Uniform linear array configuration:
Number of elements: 48
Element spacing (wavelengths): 1
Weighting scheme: exponential
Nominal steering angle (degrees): -30
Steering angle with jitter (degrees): -29.719
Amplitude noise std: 0.05
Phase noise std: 0.05

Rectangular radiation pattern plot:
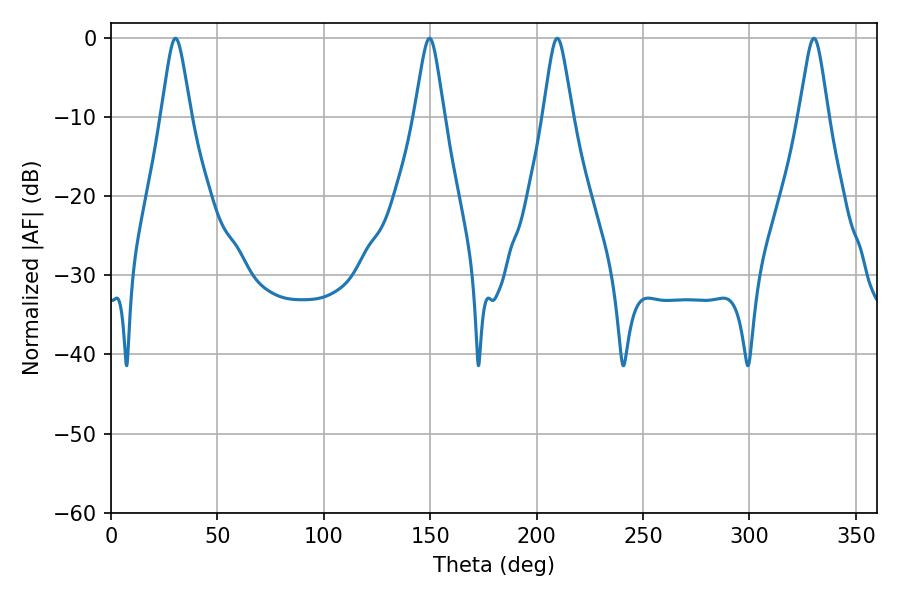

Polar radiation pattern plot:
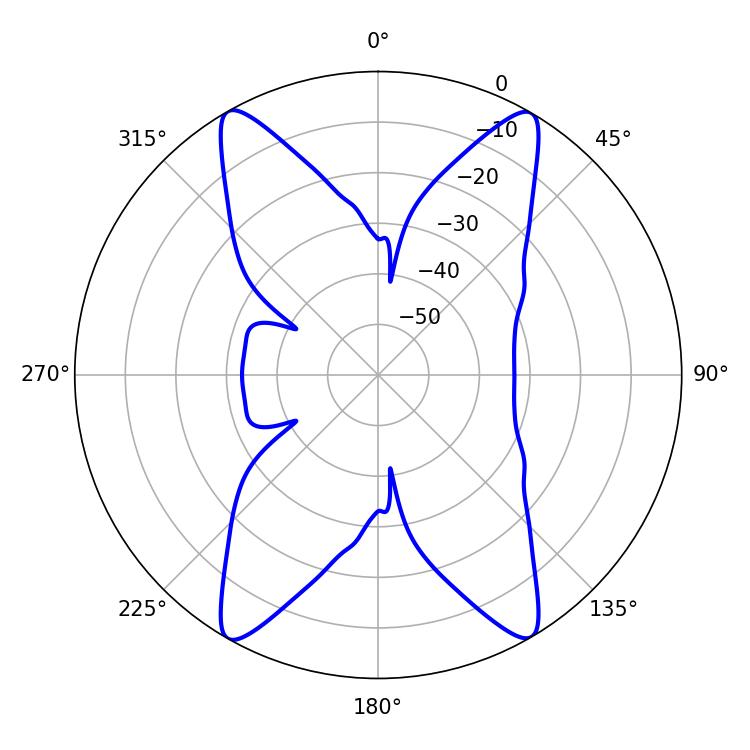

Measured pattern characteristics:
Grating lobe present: TRUE
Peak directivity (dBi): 26.254
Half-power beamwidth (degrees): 6.48
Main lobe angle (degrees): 330.3